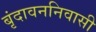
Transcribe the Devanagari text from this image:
बृंदावननिवासी